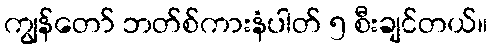
ကျွန်တော် ဘတ်စ်ကားနံပါတ် ၅ စီးချင်တယ်။